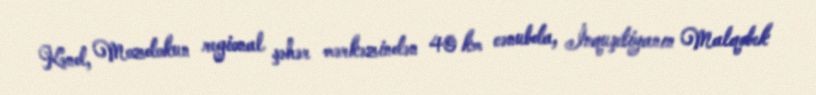
Kənd, Mozdokun regional şəhər mərkəzindən 40 km cənubda, İnquşetiyanın Malqobek